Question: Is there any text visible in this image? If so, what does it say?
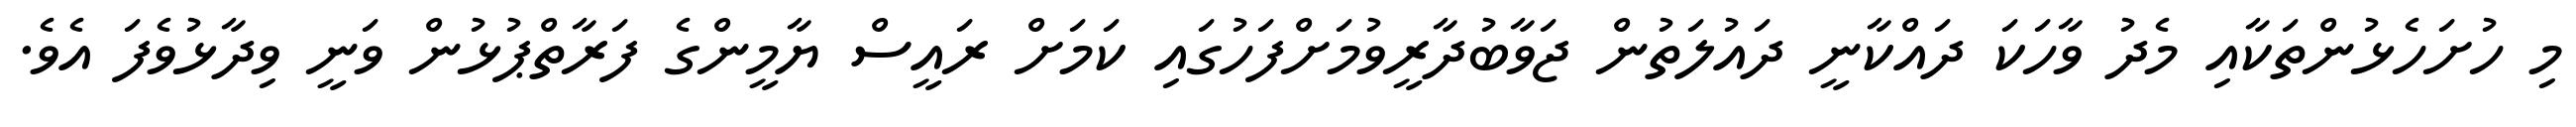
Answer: މި ހުށަހެޅުންތަކާއި މެދު ވާހަކަ ދައްކާނީ ދައުލަތުން ޖަވާބުދާރީވުމަށްފަހުގައި ކަމަށް ރައީސް ޔާމީންގެ ފަރާތްޕުޅުން ވަނީ ވިދާޅުވެފަ އެވެ.